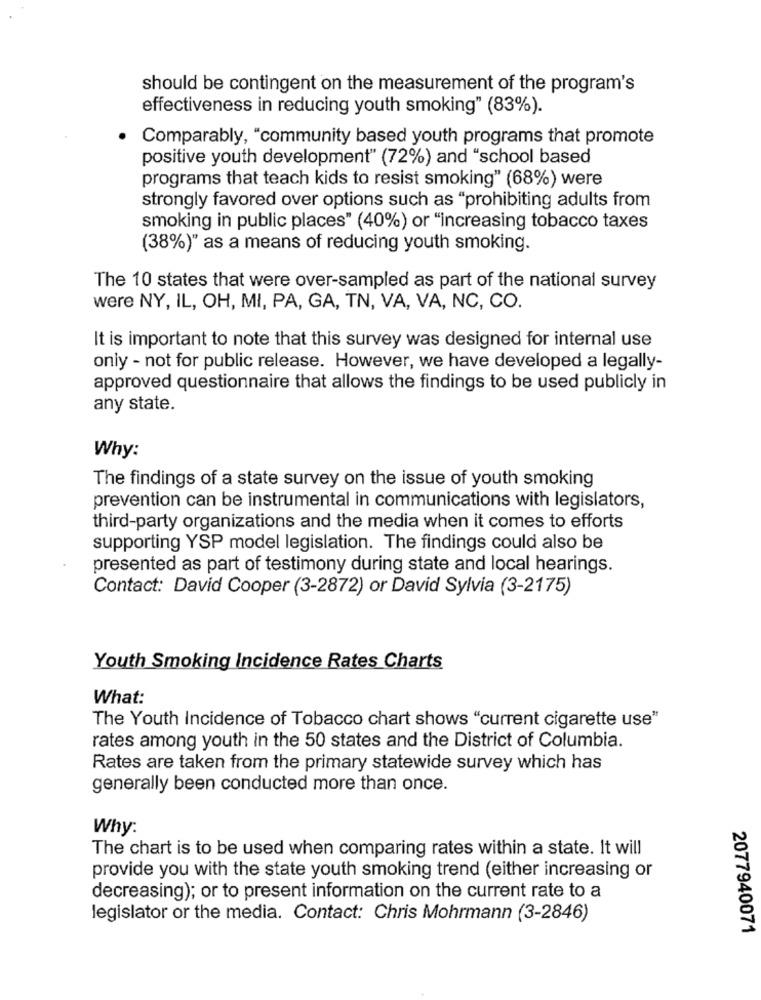
should be contingent on the measurement of the program's
effectiveness in reducing youth smoking" (83%).
Comparably, "community based youth programs that promote
positive youth development" (72%) and "school based
programs that teach kids to resist smoking" (68%) were
strongly favored over options such as "prohibiting adults from
smoking in public places" (40%) or "increasing tobacco taxes
(38%)" as a means of reducing youth smoking.
The 10 states that were over-sampled as part of the national survey
were NY, IL, OH, MI, PA, GA, TN, VA, VA, NC, CO.
It is important to note that this survey was designed for internal use
only - not for public release. However, we have developed a legally-
approved questionnaire that allows the findings to be used publicly in
any state.
Why:
The findings of a state survey on the issue of youth smoking
prevention can be instrumental in communications with legislators,
third-party organizations and the media when it comes to efforts
supporting YSP model legislation. The findings could also be
presented as part of testimony during state and local hearings.
Contact: David Cooper (3-2872) or David Sylvia (3-2175)
Youth Smoking Incidence Rates Charts
What:
The Youth Incidence of Tobacco chart shows "current cigarette use"
rates among youth in the 50 states and the District of Columbia.
Rates are taken from the primary statewide survey which has
generally been conducted more than once.
Why:
The chart is to be used when comparing rates within a state. It will
provide you with the state youth smoking trend (either increasing or
decreasing); or to present information on the current rate to a
legislator or the media. Contact: Chris Mohrmann (3-2846)
2077940071